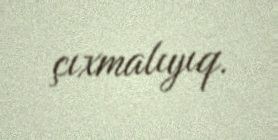
çıxmalıyıq.